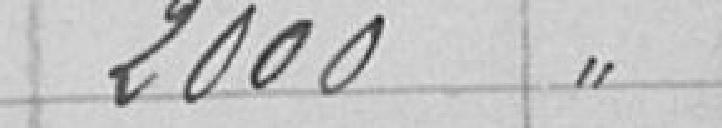
2000